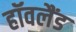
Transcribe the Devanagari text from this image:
हॉवलैंड